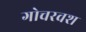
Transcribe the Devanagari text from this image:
गोचरवश